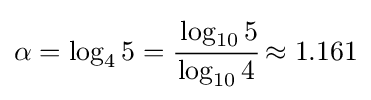
\alpha =\log _{4}5={\cfrac {\log _{10}5}{\log _{10}4}}\approx 1.161